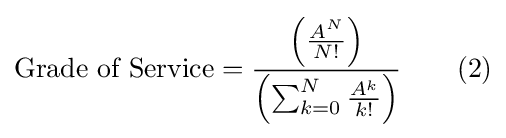
{\mbox{Grade of Service}}={\frac {\left({\frac {A^{N}}{N!}}\right)}{\left(\sum _{k=0}^{N}{\frac {A^{k}}{k!}}\right)}}\qquad (2)